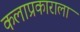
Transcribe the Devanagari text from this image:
कलाप्रकाराला